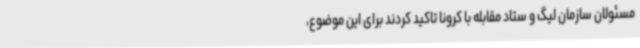
مسئولان سازمان لیگ و ستاد مقابله با کرونا تاکید کردند برای این موضوع،